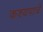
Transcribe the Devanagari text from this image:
कश्यपाचे